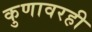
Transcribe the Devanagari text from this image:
कुणावरही